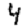
Digit: 4